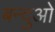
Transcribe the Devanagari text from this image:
बन्दुओ